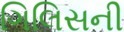
ગિલિસની